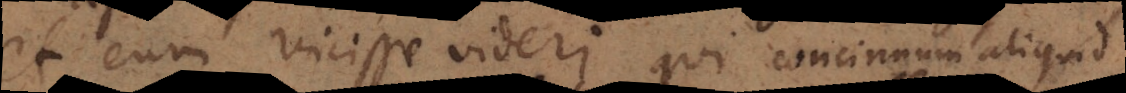
et eum vicisse videri qui concinnum aliquid